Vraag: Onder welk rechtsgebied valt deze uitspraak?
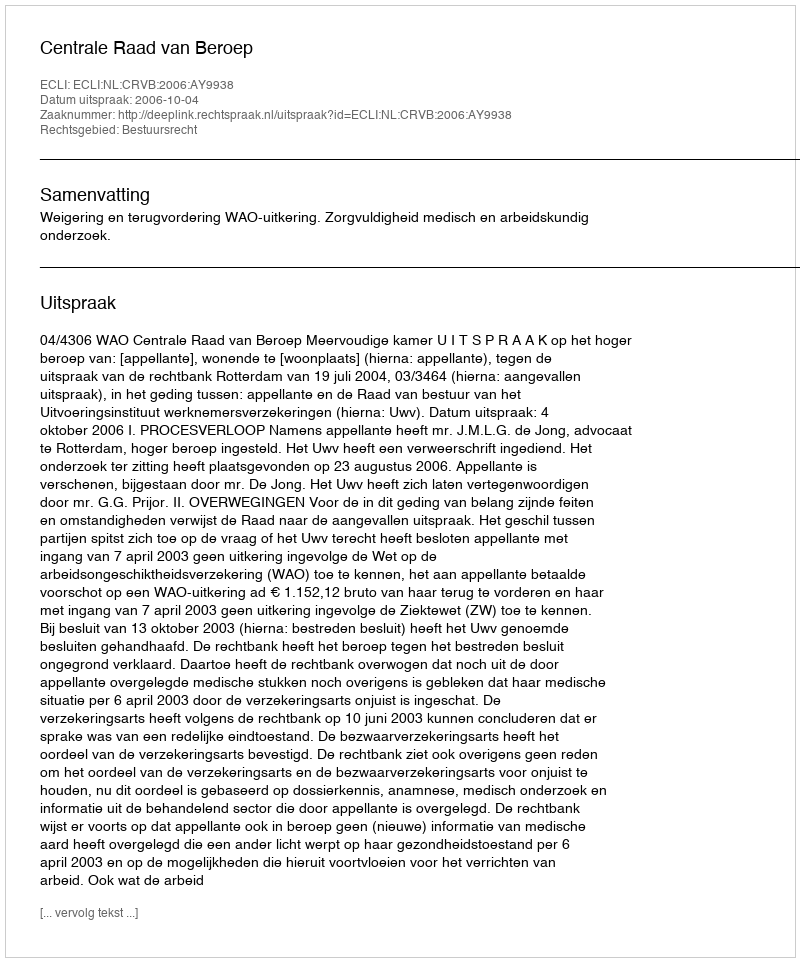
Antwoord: Bestuursrecht